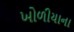
ખોળીયાના